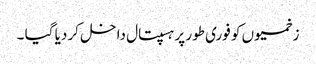
زخمیوں کو فوری طور پر ہسپتال داخل کر دیا گیا ۔